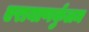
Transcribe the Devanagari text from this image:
एरायाणर्कुलम